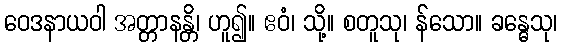
ဝေဒနာယဝါ အတ္တာနန္တိ၊ ဟူ၍။ ဧဝံ၊ သို့။ စတူသု၊ န်သော။ ခန္ဓေသု၊